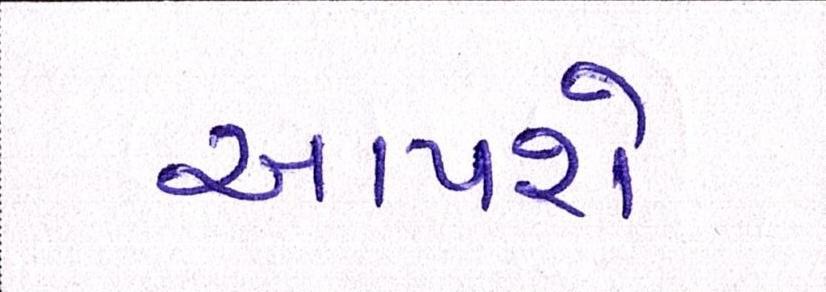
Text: આપશે